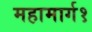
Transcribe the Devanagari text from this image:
महामार्ग१